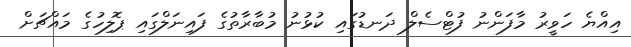
އިއްޔެ ހަވީރު މާފަންނު ފުޓްސެލް ދަނޑުގައި ކުޅުނު މުބާރާތުގެ ފައިނަލްގައި ޕޮލިހުގެ މައްޗަށް